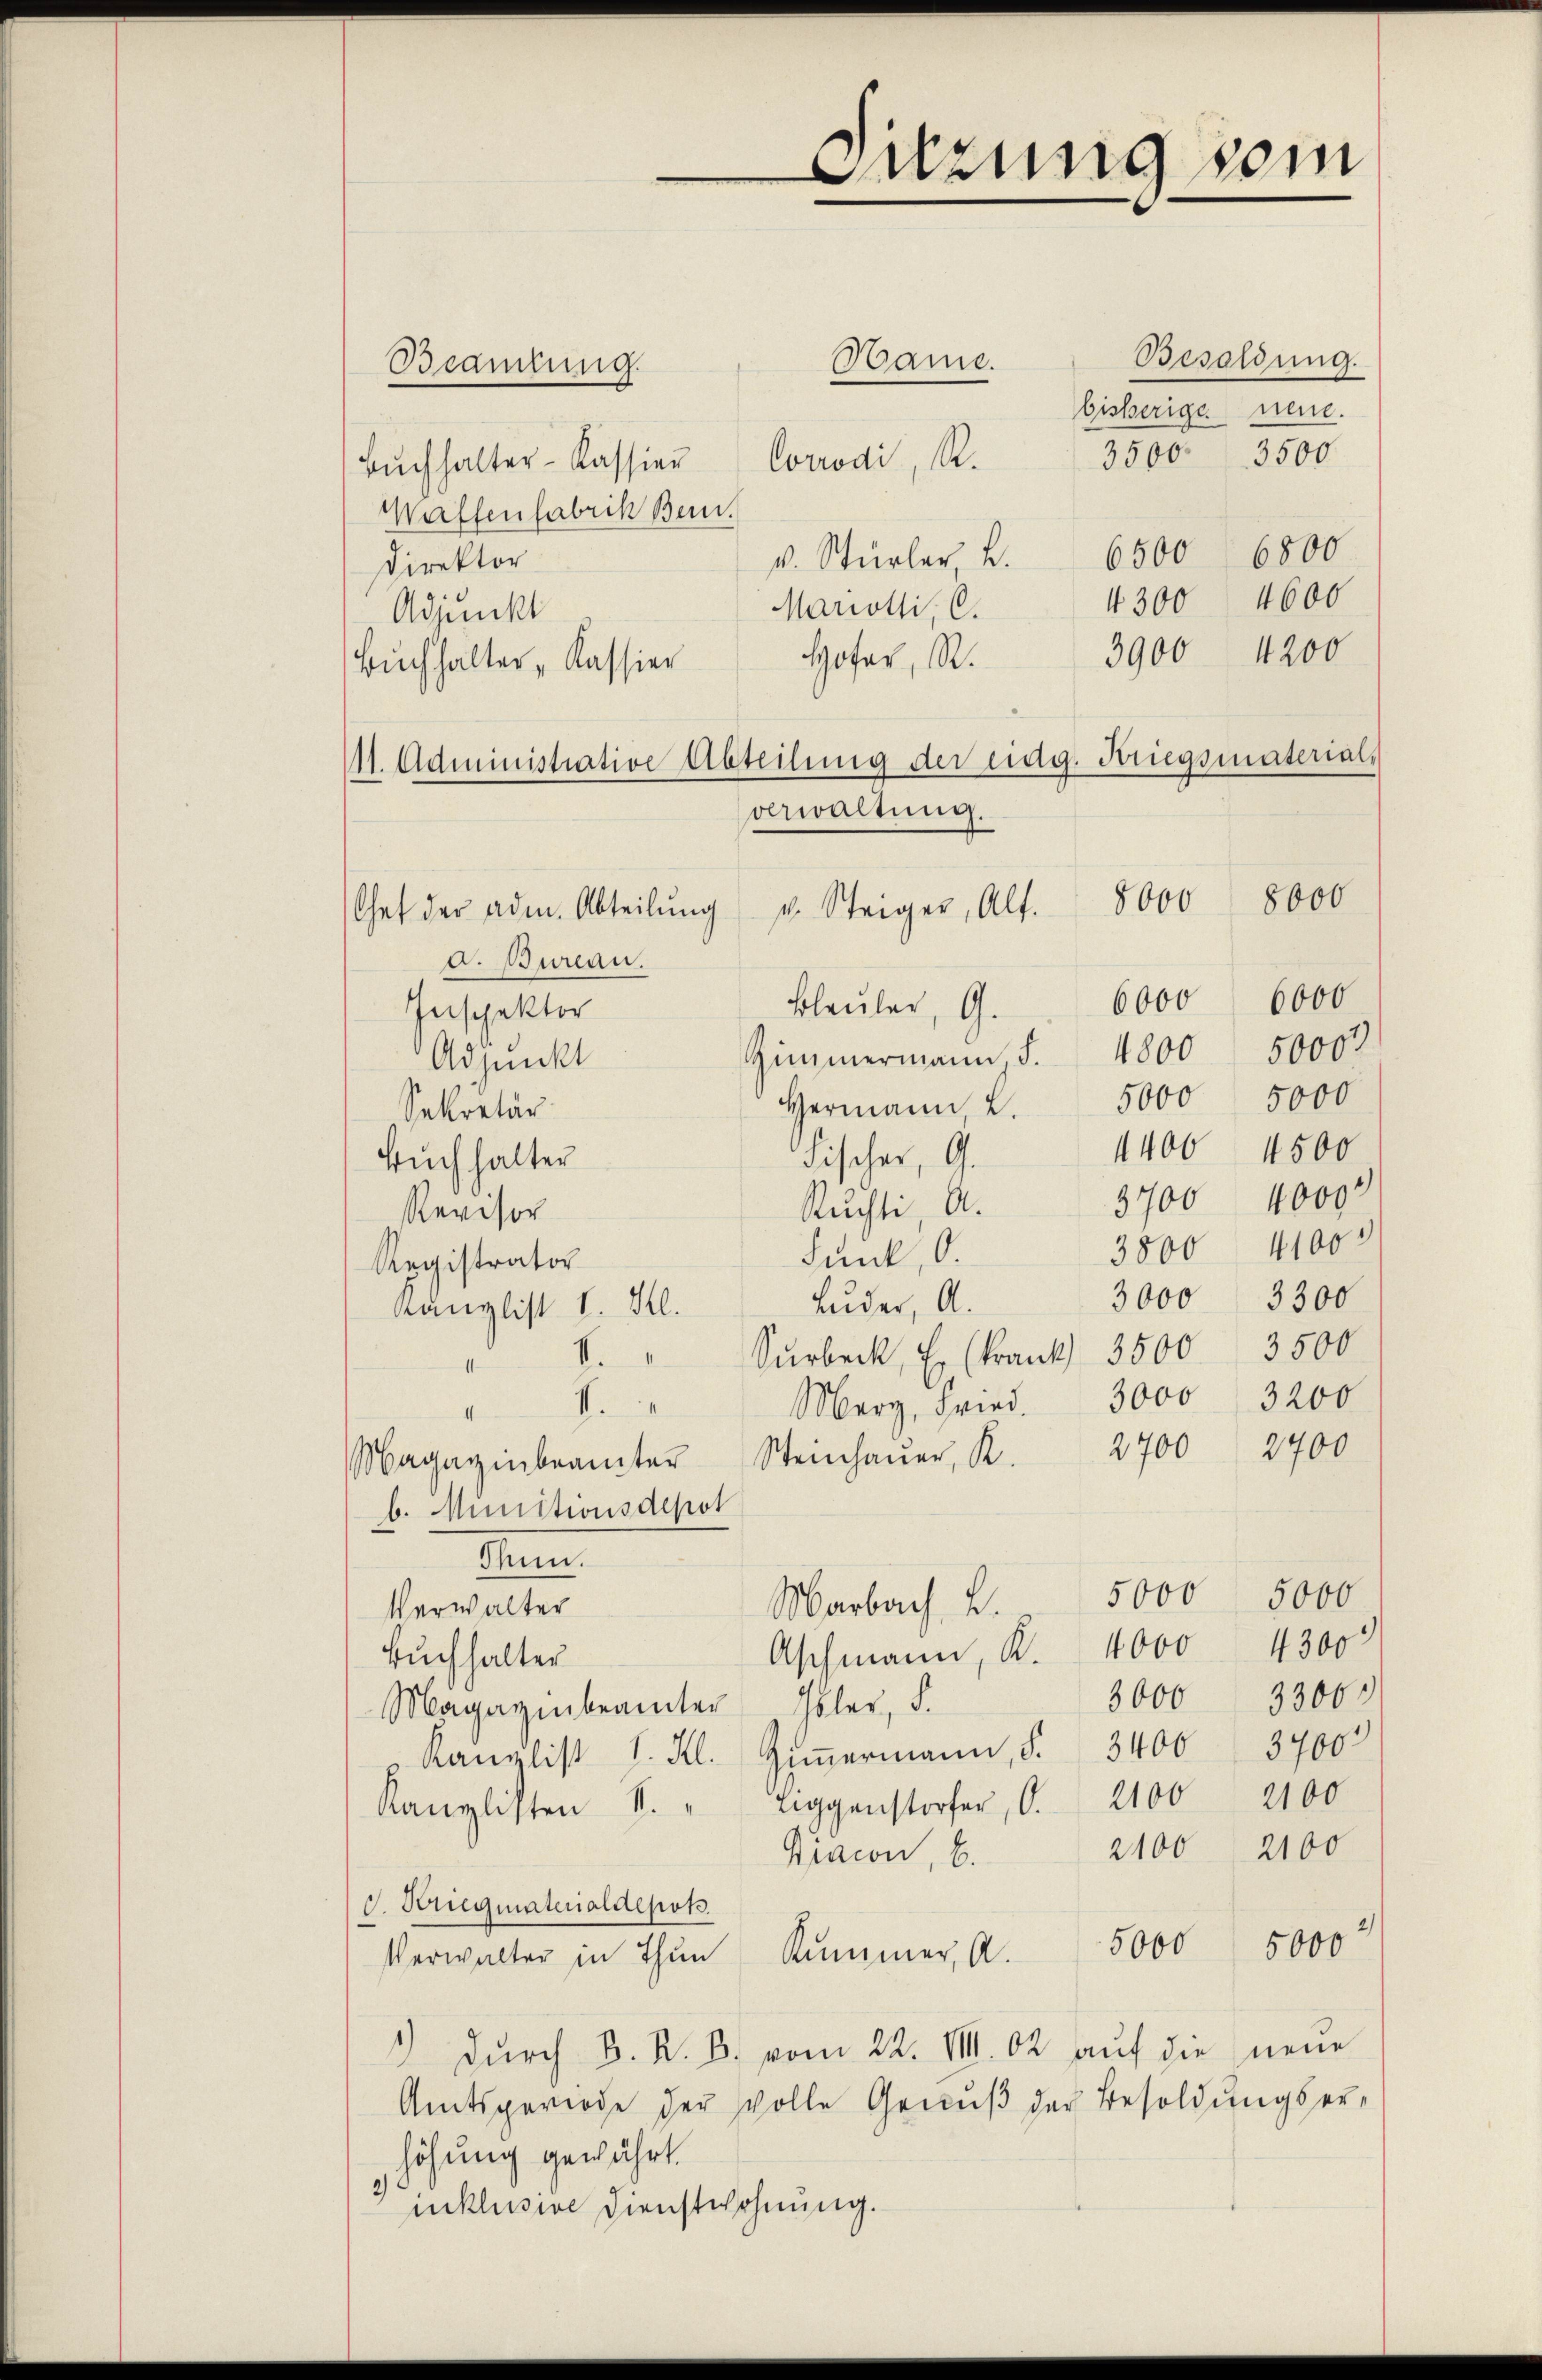
Beamtung.

8000
Chat der adm. Abteilŭng u. Steiger, Al. 8000

Besoldung.
Hame.
bisherige neue.
3500. 3500
Corrodi, R.
Bŭchhalter-Kassier
Waffenfabrik Bern.
v. Stürler 2. 6500 6800
Direktor
4300 4600
Mariotti, C.
Adjunkt
3900 4200
Hofer, R.
Buchhalter „Kassier
11. Administrative Abteilŭng der eidg. Kriegsmaterial,
verwaltung.

d. Bureau.
6000 6000
Bleuler, G.
Inspektor
Zimmermann, S. 4800
Adjunkt
Hermann 2. 5000 5000
Sekretär
Fischer, G.
Buchhalter
Ruchti A.
Revisor
3800
Funk, O.
Registrator
3000 3300
Luder, A.
Kanzlist l. H.
Surbeck. Er (Krank 3500 3500
4
V.
Mary, Fried.
II
Magazinbranter Steinhaŭer, R. 2700 2700
b. Munitionsdepot
en
5000 5000
Marbach, u.
Verwalter
Aschmann, K. 4000 4300
Buchhalter
3000 33000
Magazinbeamter Isler, S.
Kanzlist I. Kl. Ziṁermann, S. 3400 3700
Kanzlisten S. " Liggenstorfer, O. 2100 2100
2400 2100
Giacon, b.
G. Voregmaterialdepots.
5000 5000
Verwalter in Thun Kummer, A.
1) durch B. K. B. vom 22. VIII. 62 auf die neue
Amtsperiode der volle Genuß der Besoldungserhöhung gewährt.
inklusive Dienstwohnung.

Sitzung sein

4400 4500
3700 40000
4100
3000 3200

50000